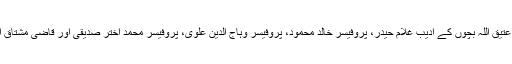
آج کے افتتاحی جلسے میں پروفیسر عتیق اللہ بچوں کے ادیب غلام حیدر، پروفیسر خالد محمود، پروفیسر وہاج الدین علوی، پروفیسر محمد اختر صدیقی اور قاضی مشتاق احمد نے اپنے خیالات کا اظہار کیا ۔